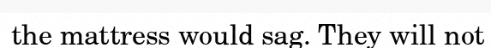
the mattress would sag. They will not